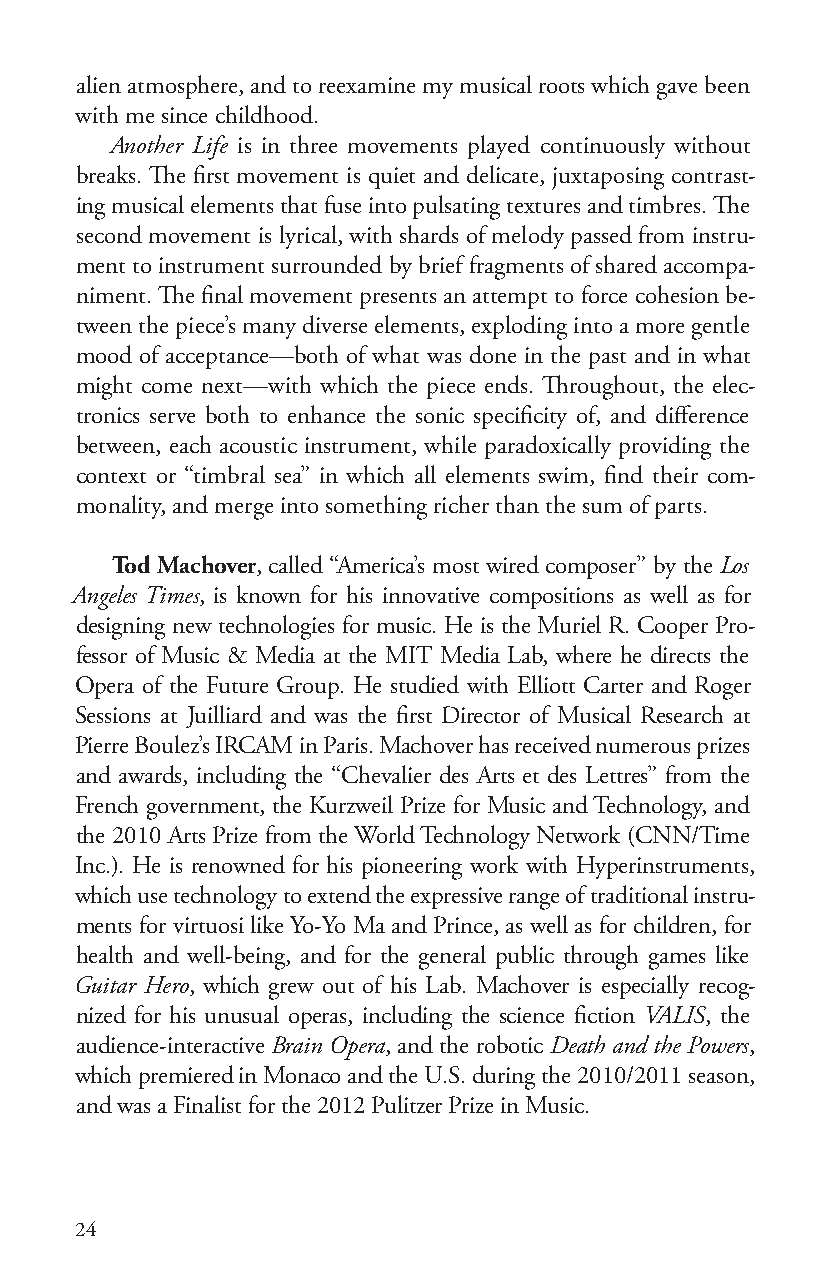
alien atmosphere, and to reexamine my musical roots which gave been
 with me since childhood.
 Another Life is in three movements played continuously without
 breaks. The first movement is quiet and delicate, juxtaposing contrast-
 ing musical elements that fuse into pulsating textures and timbres. The
 second movement is lyrical, with shards of melody passed from instru-
 ment to instrument surrounded by brief fragments of shared accompa-
 niment. The final movement presents an attempt to force cohesion be-
 tween the piece’s many diverse elements, exploding into a more gentle
 mood of acceptance—both of what was done in the past and in what
 might come next—with which the piece ends. Throughout, the elec-
 tronics serve both to enhance the sonic specificity of, and difference
 between, each acoustic instrument, while paradoxically providing the
 context or “timbral sea” in which all elements swim, find their com-
 monality, and merge into something richer than the sum of parts.
 Tod Machover, called “America’s most wired composer” by the Los
 Angeles Times, is known for his innovative compositions as well as for
 designing new technologies for music. He is the Muriel R. Cooper Pro-
 fessor of Music & Media at the MIT Media Lab, where he directs the
 Opera of the Future Group. He studied with Elliott Carter and Roger
 Sessions at Juilliard and was the first Director of Musical Research at
 Pierre Boulez’s IRCAM in Paris. Machover has received numerous prizes
 and awards, including the “Chevalier des Arts et des Lettres” from the
 French government, the Kurzweil Prize for Music and Technology, and
 the 2010 Arts Prize from the World Technology Network (CNN/Time
 Inc.). He is renowned for his pioneering work with Hyperinstruments,
 which use technology to extend the expressive range of traditional instru-
 ments for virtuosi like Yo-Yo Ma and Prince, as well as for children, for
 health and well-being, and for the general public through games like
 Guitar Hero, which grew out of his Lab. Machover is especially recog-
 nized for his unusual operas, including the science fiction VALIS, the
 audience-interactive Brain Opera, and the robotic Death and the Powers,
 which premiered in Monaco and the U.S. during the 2010/2011 season,
 and was a Finalist for the 2012 Pulitzer Prize in Music.
 24